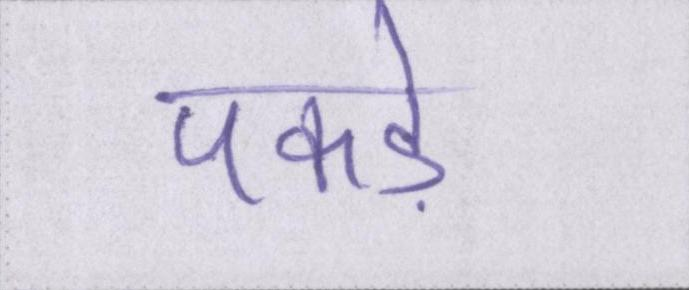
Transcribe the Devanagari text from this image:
पकड़े